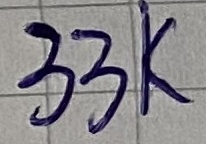
Text: 33K